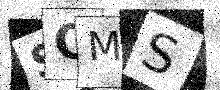
Text: SOMS